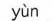
yùn